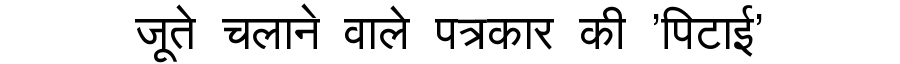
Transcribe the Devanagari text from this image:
जूते चलाने वाले पत्रकार की 'पिटाई'